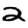
Digit: 2